Vital statistics of India. Vol. VI, European troops 1870-79
Year: 1870
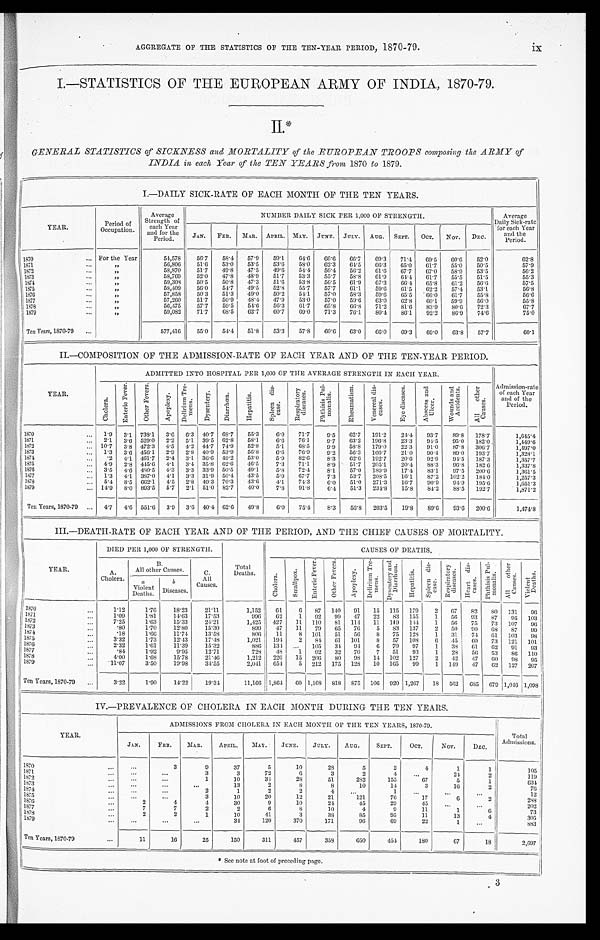
AGGREGATE OF THE STATISTICS OF THE TEN-YEAR PERIOD, 1870-79.
ix
I.—STATISTICS OF THE EUROPEAN ARMY OF INDIA, 1870-79.
II.*
GENERAL STATISTICS of SICKNESS and MORTALITY of the EUROPEAN TROOPS composing the ARMY of
INDIA in each Year of the TEN YEARS from 1870 to 1879.
I.—DAILY SICK-RATE OF EACH MONTH OF THE TEN YEARS.
YEAR.
Period of
Occupation.
Average
Strength of
each Year
and for the
Period.
NUMBER DAILY SICK PER 1,000 OF STRENGTH.
Average
Daily Sick-rate
for each Year
and the
Period.
JAN. FEB. MAR. APRIL. MAY. JUNE. JULY. AUG. SEPT. OCT. NOV. DEC.
1870...
For the Year
54,578
56.7
58.4
57.9
59.1
6 4 . 6
66.6
6 6 . 7
69.3
71.4
69.5
6 0 . 6
52.0
62.8
1871 ...
, ,
56,806
51.6
53.0
5 3 . 5
5 3 . 6
58.0
62.3
64.5
66.3
65.0
61.7
5 5 . 0
50.5
57.9
1872
...
, ,
58,870
51.7
4 9 . 8
47.5
49.6
5 4 . 4
56.4
56.2
6 1 . 6
67.7
67.0
5 8 . 9
53.5
56.2
1873 ...
, ,
58,769
52.0
47.8
48.9
51.7
53.3
55.7
5 8 . 8
6 1 . 9
64.4
61.7
55.5
51.5
55.3
1874
...
,,
59,308
50.5
50.8
47.3
51.6
5 3 . 8
5 6 . 5
61.9
67.3
66.4
65.8
61.2
56.6
5 7 . 5
1875
...
,,
58,409
5 6 . 0
54.7
49.5
52.8
55.7
57.7
61.1
59.6
61.5
62.2
57.4
53.1
56.8
1876
...
,,
57,858
50.3
51.3
49.0
50.2
5 4 . 1
57.0
58.3
59.6
65.5
66.0
61.7
55.8
56.6
1 8 7 7 . . .
,,
57,260
51.7
50.9
48.4
47.9
53.0
57.0
59.6
63.0
62.8
60.1
59.9
56.0
55.8
1878 ...
,,
56,475
57.7
5 9 . 5
54.6
56.3
61.7
65.8
66.8
71.2
81.6
83.9
80.6
72.3
67.7
1879
...
, , 59,082
71.7
68.5
62.7
60.7
69.0
71.3
76.1
80.4
86.1
92.2
86.9
74.6
75.0
Ten Years, 1870-70
...
577,416
55.0
54.4
51.8
53.3
57.8
60.6
63.0
6 6 . 0
69.3
69.0
63.8
57.7
60.1
II.—COMPOSITION OF THE ADMISSION-RATE OF EACH YEAR AND OF THE TEN-YEAR PERIOD.
YEAR.
ADMITTED INTO HOSPITAL PER 1,000 OF THE AVERAGE STRENGTH IN EACH YEAR.
A d m i s s i o n - r a t e
of each Year
and of the
Period.
C h o l e r a .
E n t e r i c F e v e r .
O t h e r F e v e r s .
A p o p l e x y .
D e l i r i u m T r e - m e n s .
D y s e n t e r y .
D i a r r h œ a .
H e p a t i t i s .
S p l e e n d i s - e a s e .
R e s p i r a t o r y d i s e a s e s .
P h t h i s i s P u l - m o n a l i s .
R h e u m a t i s m .
V e n e r e a l d i s - e a s e s .
E y e d i s e a s e s .
A b s c e s s a n d U l c e r .
W o u n d s a n d A c c i d e n t s .
A l l o t h e r C a u s e s .
1870
...
1.9
3.1 738.1
3.6 6.3 40.7 68.7
55.3
6.0
71.7
9.5
62.7 191.2
24.4
93.7
89.8
178.7
1,645.4
1871
...
2 . 1
3.6
5 2 9 . 0
2.2 5.1 39.5 62.8
58.1
6.6
76.1
9.7
63.2 196.8
23.3
94.5
95.0
182.0
1,449.6
1872
... 10.7
3.8 472.3 4.5 4.2 44.7 74.9
52.8
5.1
68.5
9.9
58.8
1 7 9 . 0
22.3
91.0
87.8 306.7
1 , 4 9 7 . 0
1873
...
1.3
3.6
4 5 6 . 1
2 . 9
2.8
4 0 . 9
53.9
56.8
6.6
7 6 . 9
9 . 2
56.3
166.7
21.0
90.4
89.0 193.7
1,328.1
1874
...
.2 4.1 461.7 2.4 3.1 36.6 49.2
53.0
5.9
82.6
8.3
62.6
192.7
20.6
92.9
9 4 . 5
187.3
1,357.7
1875
... 4.9
2.8 445.6 4.1 3.4 35.8
6 2 . 6
46.5
7.3
71.1
8.9
51.7 205.1
20.4
88.3
96.8
182.6
1,337.8
1876 ...
3.5
4.6 480.5
4 . 3
3.3 33.9 50.5
49.1
5.8
72.4
8.1
57.0 189.9
17.4
83.1
97.5
200.6
1,361.5
1877
...
1.3
4.1
3 8 7 . 0
4.1 3.3 31.9
5 0 . 4
43.5
5.0
67.7
7.3
53.7
208.5
16.1
87.2
102.2
184.0
1,257.3
1878
...
5.4 8.5 662.1
4.5 2.8 49.3 70.3
43.6
4.1
74.3
6 . 0
51.0 271.3
16.7
9 0 . 9
94.9
195.6
1 , 6 5 1 . 3
1879
... 14.9
8.0 893.5 5.7
2.1 51.0 82.7
40.0
7.8
91.8
6.4
51.3 234.8
15.8
8 4 . 2
88.5
192.7
1,871.2
Ten Years, 1870-79 ...
4.7
4.6 551.6 3.9 3.6 40.4 62.6
49.8
6.0
75.4
8.3
56.8
203.5
19.8
89.6
93.6
200.6
1,474.8
III.—DEATH-RATE OF EACH YEAR AND OF THE PERIOD, AND THE CHIEF CAUSES OF MORTALITY.
YEAR.
DIED PER 1,000 OF STRENGTH.
Total
Deaths.
CAUSES OF DEATHS.
A.
Cholera.
B.
All other Causes.
C.
All
Causes.
C h o l e r a .
S m a l l p o x .
E n t e r i c F e v e r .
O t h e r F e v e r s .
A p o p l e x y .
D e l i r i u m T r e - m e n s .
D y s e n t e r y a n d D i a r r h œ a .
H e p a t i t i s .
S p l e e n d i s - e a s e .
R e s p i r a t o r y d i s e a s e s .
H e a r t d i s - e a s e s .
P h t h i s i s P u l - m o n a l i s .
A l l o t h e r C a u s e s .
V i o l e n t D e a t h s .
a
Violent
Deaths.
b
Diseases.
1870
...
1. 12
1.76
18.23
21.11
1,152
61
6
87
140
91
15
115
179
2
67
82
80
131
96
1871
...
1 .09
1.81
14.63
17.53
996 62
1
92
99
47
22
83
155
1
56
93
87
95
103
1872
...
7.25
1.63
15.33
24.21
1,425
427
11
110
81
114
11
1 4 9
1 4 4
1
5 6
75
73
107
96
1873
.80
1.70
1 2 . 8 0
15.30
899
47
11
79
6 5
76
5
83
137
2
50
9 0
68
87
99
1 8 7 4 . . .
.18
1.66
11.74
13.58
806
11
8
101
51
56
8
75
128
1
31
74
6 1 103
98
1 8 7 5
. . .
3.32
1.73
12.43
17.48
1,021
194
2
84
61
101
8
57
1 0 8
6
45
6 0
73
121
101
1876 ...
2.32
1.61
11.39
15.32
886
134
...
105
34
94
6
70
97
1
38
6 1
62
9 1
93
1877 .. .
.84
1.92
9.95
12.71
728
48
1
92
32
70
7
51
93
1
28
56
53
86
110
1878
...
4 . 0 0
1.68
15.78
2 1 . 4 6
1,212
226
15 206
80
98
14
102
127
2
42
47
6 0
98
95
1879 ...
11.07
3.50
19.98
34.55
2,041
654
5
212
175
128
10
165
99
1
1 4 9
47
62
127
207
Ten Years, 1870-79
...
3.22
1.90
14.22
19.34
11,166 1,864
60 1,168
818
875
106
920 1,267
18
562
685
679 1,046 1,098
IV.—PREVALENCE OF CHOLERA IN EACH MONTH DURING THE TEN YEARS.
YEAR.
ADMISSIONS FROM CHOLERA IN EACH MONTH OF THE TEN YEARS, 1870-79.
Tot al
Admissions.
JAN.
FEB.
MAR.
APRIL.
MAY.
JUNE.
JULY.
AUG.
SEPT.
OCT.
NOV.
DEC.
1870 ...
...
3
9
37
5
10
28
5
2
4
1
1
105
1871 ...
...
...
3
3
72
6
3
2
4
...
2 4
2
119
1872 ...
...
...
1
10
3 4
28
51
282
155
67
5
1
6 3 4
1873
. . .
...
...
. . .
13
2
8
8
10
14
3
16
2
7 6
1874 ...
...
. . .
2
1
2
2
4
. . .
1
. . .
. . .
. . .
12
1875 ...
. . .
. . .
3
10
20
12
21
121
76
17
6
2
288
1876 ...
2
4
4
30
9
10
24
45
29
45
. . .
...
202
1877
7
7
2
2
6
8
10
4
9
11
1
6
73
1 8 7 8 . . .
2
2
1
10
41
3
38
85
95
11
13
4
305
1879
...
. . .
. . .
. . .
34
120
370
171
96
69
22
1
. . .
883
Ten Years, 1870-79
...
11
16
25
150
311
457
358
650
454
180
67
18
2,697
* See note at foot of preceding page.
3